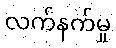
လက်နက်မှု